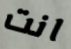
انت